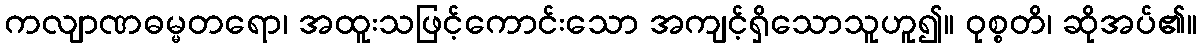
ကလျာဏဓမ္မတရော၊ အထူးသဖြင့်ကောင်းသော အကျင့်ရှိသောသူဟူ၍။ ဝုစ္စတိ၊ ဆိုအပ်၏။